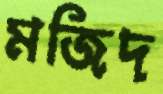
মজিদ